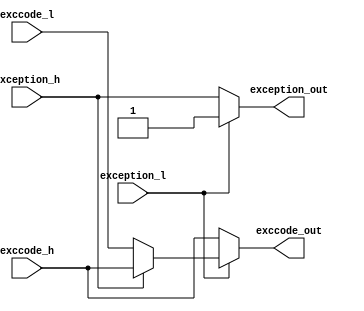
// Combines two exceptions.
// Make sure that exceptions of lower
// priority cannot overwrite exccode.

module exception_combine(
        input exception_h,
        input [4:0] exccode_h,

        input exception_l,
        input [4:0] exccode_l,

        output reg exception_out,
        output reg [4:0] exccode_out
    );
    always @(*) begin
        exception_out = exception_h;
        exccode_out = exccode_h;
        if (exception_l) begin
            exception_out = 1;
            if (exception_h)
                exccode_out = exccode_h;
            else
                exccode_out = exccode_l;
        end
    end
endmodule